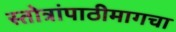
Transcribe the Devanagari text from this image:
स्तोत्रांपाठीमागचा